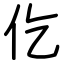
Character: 仡